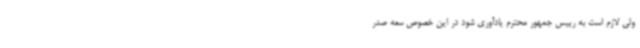
ولی لازم است به رییس جمهور محترم یادآوری شود در این خصوص سعه صدر